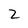
Character: Z